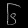
Digit: ၆